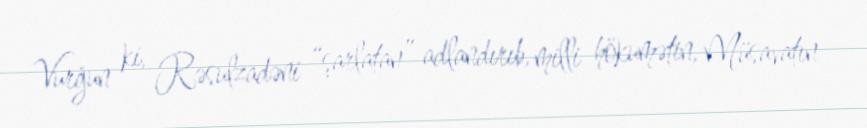
Vurğun ki, Rəsulzadəni “şarlatan” adlandırıb, milli hökumətin, Müsavatın